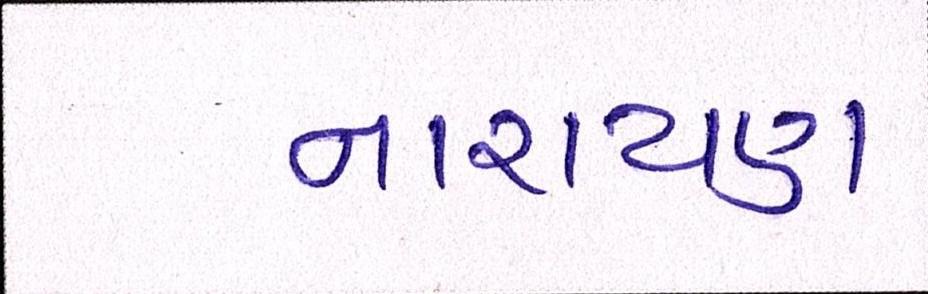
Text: નારાયણ